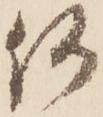
何